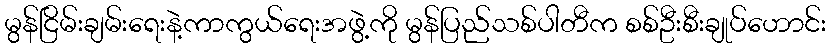
မွန်ငြိမ်းချမ်းရေးနဲ့ကာကွယ်ရေးအဖွဲ့ကို မွန်ပြည်သစ်ပါတီက စစ်ဦးစီးချုပ်ဟောင်း